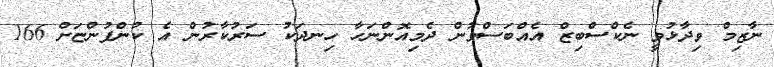
ނާޒިމް ވިދާޅުވީ ނެކްސްބިޒް އެއްބަސްވުން ދެމިއޮންނަހާ ހިނދަކު ސަރުކާރުން އެ ކުންފުންޏަށް 166